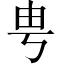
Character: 甹